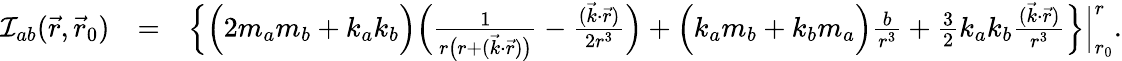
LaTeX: \begin{array}{rlr}{{\cal I}_{ab}(\vec{r},\vec{r}_{0})}&{=}&{\Big\{ \Big(2m_{a}m_{b}+k_{a}k_{b}\Big)\Big(\frac{1}{r\big(r+({\vec{k}}\cdot{\vec{r}})\big)}-\frac{({\vec{k}}\cdot{\vec{r}})}{2r^{3}}\Big)+\Big(k_{a}m_{b}+k_{b}m_{a}\Big)\frac{b}{r^{3}}+{\textstyle\frac{3}{2}}k_{a}k_{b}\frac{({\vec{k}}\cdot{\vec{r}})}{r^{3}}\Big\} \Big|_{r_{0}}^{r}.}\end{array}